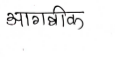
मजकूर: आगबीक